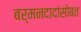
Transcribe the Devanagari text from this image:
बर्मनदादांसोबत